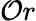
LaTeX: \mathcal{O}r